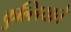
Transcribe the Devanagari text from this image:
कुल्लियाते